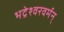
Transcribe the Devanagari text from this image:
भद्रेश्वरवर्मन्